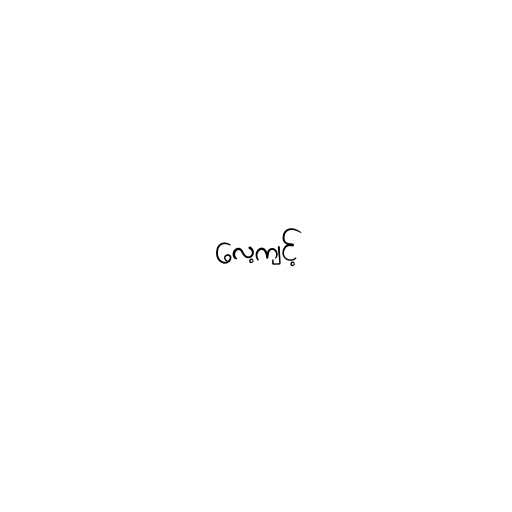
လေ့ကျင့်